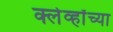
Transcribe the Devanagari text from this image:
क्लेर्व्हॉच्या